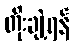
တိုးချဲ့ရန်